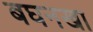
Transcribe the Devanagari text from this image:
बघनखा